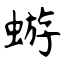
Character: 蝣